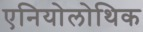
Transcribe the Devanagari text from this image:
एनियोलोथिक